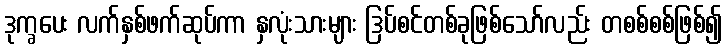
ဒုက္ခပေး လက်နှစ်ဖက်ဆုပ်ကာ နှလုံးသားများ ဒြပ်စင်တစ်ခုဖြစ်သော်လည်း တစစ်စစ်ဖြစ်၍